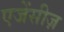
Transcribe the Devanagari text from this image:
एजेंसीज़